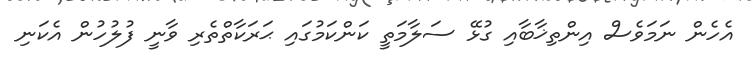
އެހެން ނަމަވެސް އިންތިޚާބާއި ގުޅޭ ސަލާމަތީ ކަންކަމުގައި ޙަރަކާތްތެރި ވާނީ ފުލުހުން އެކަނި